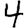
Digit: 4